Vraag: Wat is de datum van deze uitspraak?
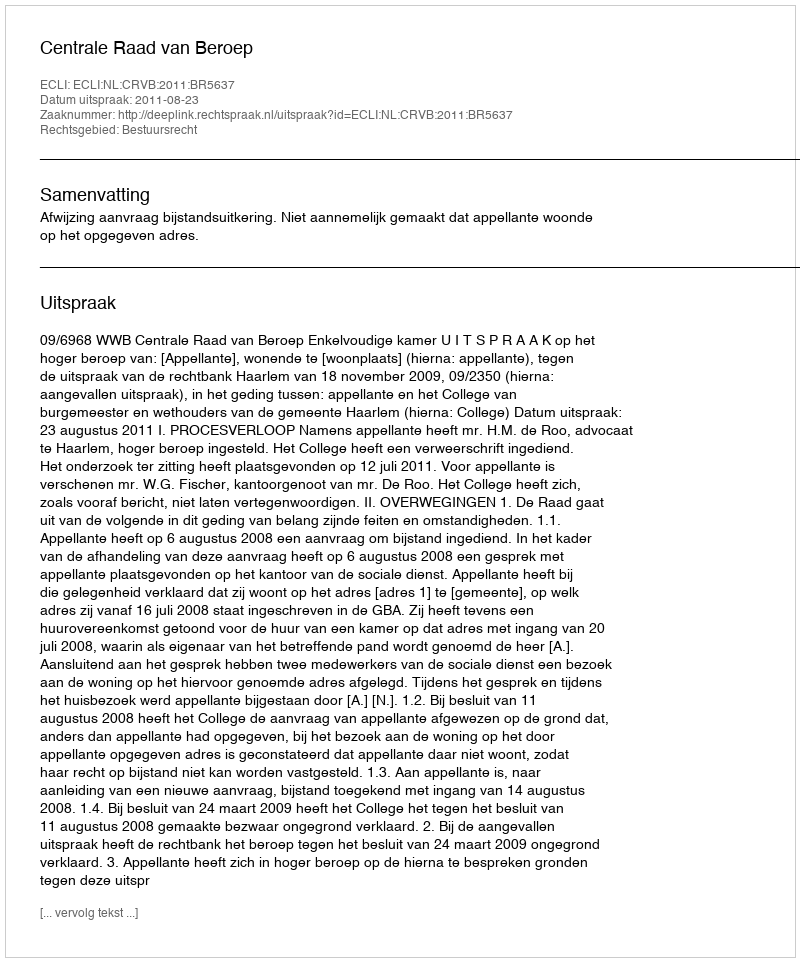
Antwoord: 2011-08-23